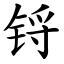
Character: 锊